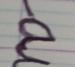
Signature authenticity: forged